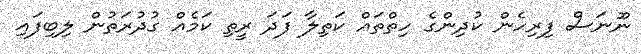
ނޫނަސް ފިރިހެން ކުދިންގެ ހިތްތައް ކަތިލާ ފަދަ ރީތި ކަމެއް ގުދުރަތުން ލިބިފައި